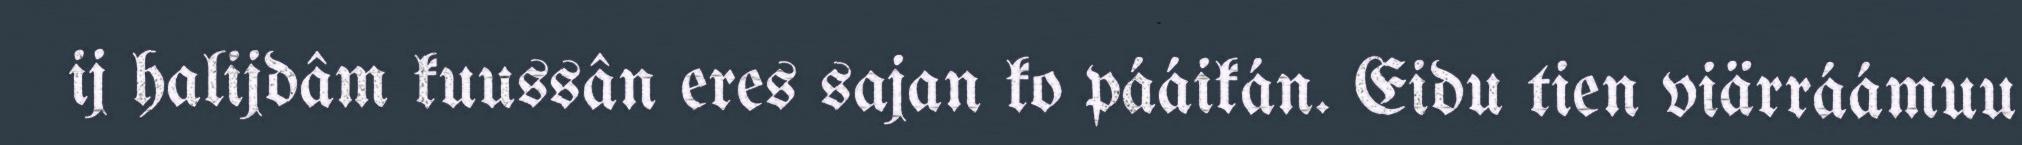
ij halijdâm kuussân eres sajan ko pááikán. Eidu tien viärráámuu